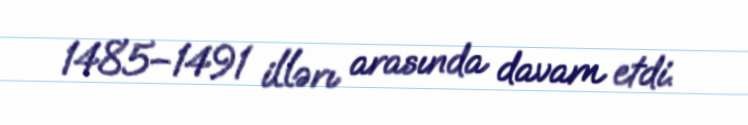
1485–1491 illərı arasında davam etdi.